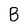
Character: B